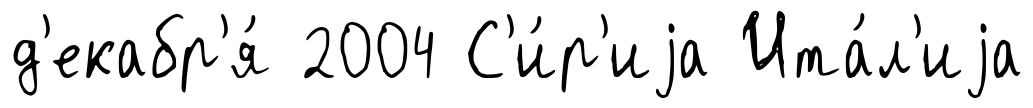
д'екабр'я́ 2004 С'и́р'иjа Ита́л'иjа